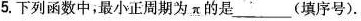
5.下列函数中，最小正周期为π的是____(填序号).